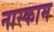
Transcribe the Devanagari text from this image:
नास्काम